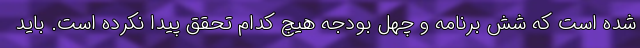
شده است که شش برنامه و چهل بودجه هیچ کدام تحقق پیدا نکرده است. باید